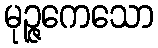
မုဉ္ဇကေသော